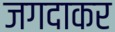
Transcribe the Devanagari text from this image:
जगदाकर